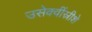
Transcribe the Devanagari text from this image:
उसेक्वींस्रीशे